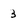
Character: 3